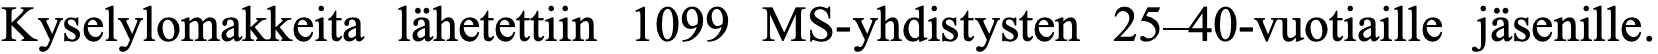
Kyselylomakkeita lähetettiin 1099 MS-yhdistysten 25–40-vuotiaille jäsenille.